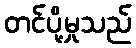
တင်ပို့မှုသည်